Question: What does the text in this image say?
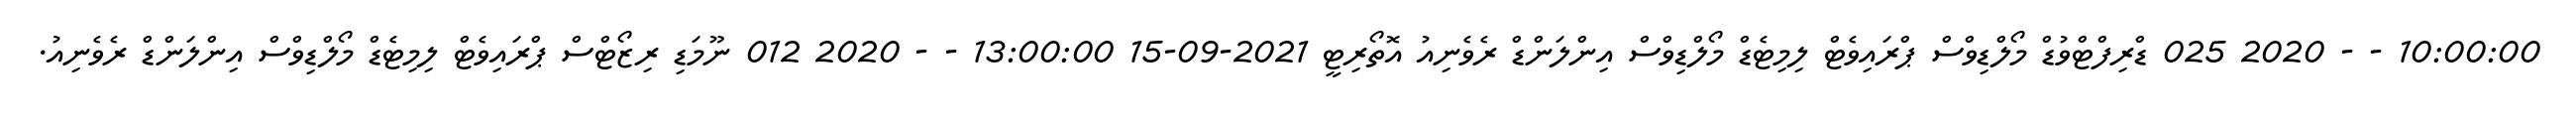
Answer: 10:00:00 - - 2020 025 ޑްރިފްޓްވުޑް މޯލްޑިވްސް ޕްރައިވެޓް ލިމިޓެޑް މޯލްޑިވްސް އިންލަންޑް ރެވެނިއު އޮތޯރިޓީ 2021-09-15 13:00:00 - - 2020 012 ނޫމަޑި ރިޒޯޓްސް ޕްރައިވެޓް ލިމިޓެޑް މޯލްޑިވްސް އިންލަންޑް ރެވެނިއު.